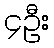
၄ဦး